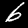
Digit: 6